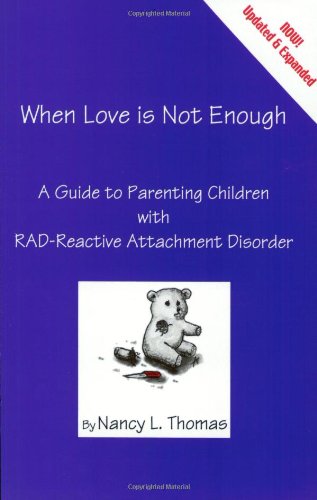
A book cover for When Love Is Not Enough: A Guide to Parenting With RAD-Reactive Attachment Disorder; Nancy Thomas; Parenting & Relationships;